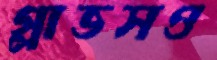
গ্লাভসও